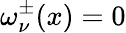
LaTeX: \omega_{\nu}^{\pm}(x)=0